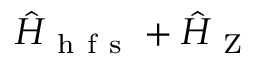
\hat { H } _ { \mathrm { ~ h ~ f ~ s ~ } } + \hat { H } _ { \mathrm { ~ Z ~ } }